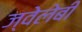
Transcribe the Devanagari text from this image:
ज्वेलेबी